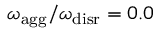
{ \omega _ { \mathrm { a g g } } / \omega _ { \mathrm { d i s r } } = 0 . 0 }